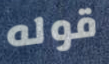
قوله